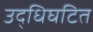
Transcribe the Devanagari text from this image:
उद्धिघटित